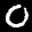
Label: 0